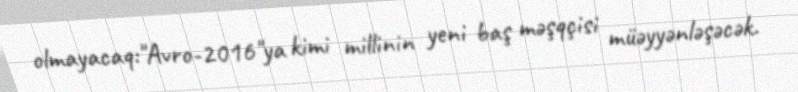
olmayacaq:"Avro-2016"ya kimi millinin yeni baş məşqçisi müəyyənləşəcək.